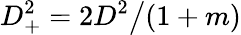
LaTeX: D_{+}^{2}=2D^{2}\big/(1+m)